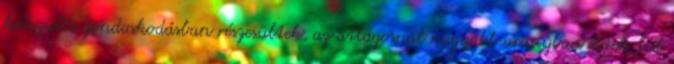
kétszülős gondoskodásban részesültek, az átlagosnál nagyobb arányban éltek túl